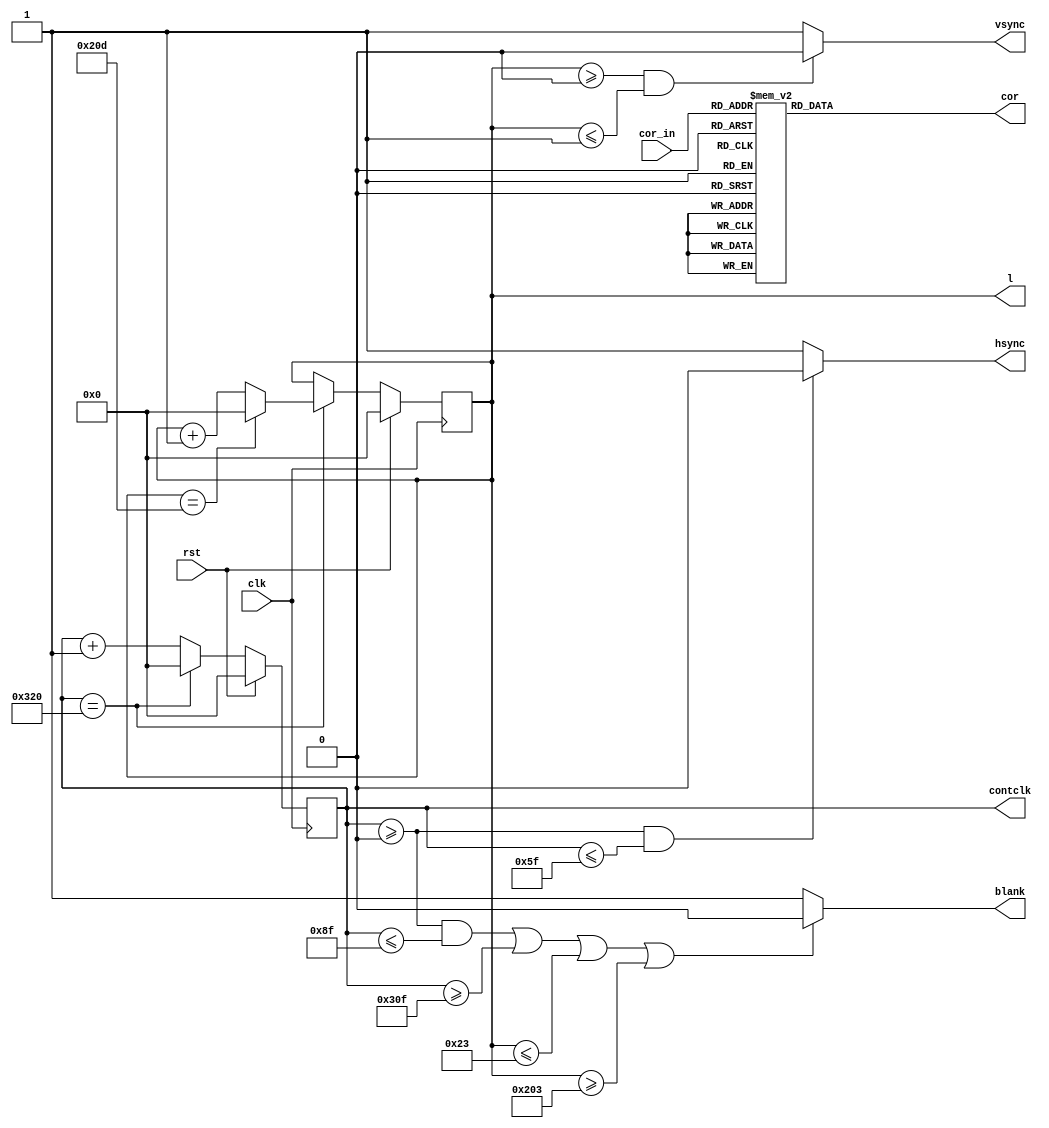
module interfacevga(cor_in,clk, rst, blank, l, contclk, cor, vsync, hsync);

input clk,rst;
input [7:0] cor_in;
output vsync, hsync, blank;
output reg [23:0] cor;	// atribuio com reg por conta da converso de cores
output reg [9:0] l; 			// vai ate 525 em decimal

output reg [9:0] contclk;		// vai at 800 em decimal


/* 
blank alto = 637 pulsos
frontph = 17 pulsos
hsync baixo = 97 pulsos
backph = 49 pulsos

blank alto = 480 linhas
frontpv = 10 linhas
vsync baixo = 2 linhas
backpv = 33 linhas
*/

// pode fazer com assign ou always@(*)

		assign blank = (((contclk >= 0) & (contclk <= 143)) || (contclk >= 783) || (l <= 35) || (l >= 515))?0:1;
			
		assign vsync = ((l >= 0) & (l <= 1))? 0:1; 
			
		assign hsync = ((contclk >= 0) & (contclk <= 95))? 0:1;
		
		
always@(posedge clk)
begin

	if(rst) 
	begin
		contclk <= 0;
		l <= 0; 
	end
	
	else
	begin
		contclk <= contclk + 1;
		if (contclk == 800)
		begin
			contclk <= 0;
			l <= l + 1;
			if (l == 525) 
				l <= 0;
		end
	end
end

always@(cor)
begin
	/* CONVERSO DAS CORES - 8 BITS PARA 24 BITS */		
		case (cor_in)
			8'h00 : cor = 24'h000000;	/* COR:0		R:00 G:00 B:00 */
			8'h01 : cor = 24'h800000;	/* COR:1		R:80 G:00 B:00 */
			8'h02 : cor = 24'h008000;	/* COR:2		R:00 G:80 B:00 */
			8'h03 : cor = 24'h808000;	/* COR:3		R:80 G:80 B:00 */
			8'h04 : cor = 24'h000080;	/* COR:4		R:00 G:00 B:80 */
			8'h05 : cor = 24'h800080;	/* COR:5		R:80 G:00 B:80 */
			8'h06 : cor = 24'h008080;	/* COR:6		R:00 G:80 B:80 */
			8'h07 : cor = 24'hC0C0C0;	/* COR:7		R:C0 G:C0 B:C0 */
			8'h08 : cor = 24'hC0DCC0;	/* COR:8		R:C0 G:DC B:C0 */
			8'h09 : cor = 24'hA6CAF0;	/* COR:9		R:A6 G:CA B:F0 */
			8'h0A : cor = 24'h402000;	/* COR:10	R:40 G:20 B:00 */
			8'h0B : cor = 24'h602000;	/* COR:11	R:60 G:20 B:00 */
			8'h0C : cor = 24'h802000;	/* COR:12	R:80 G:20 B:00 */
			8'h0D : cor = 24'hA02000;	/* COR:13	R:A0 G:20 B:00 */
			8'h0E : cor = 24'hC02000;	/* COR:14	R:C0 G:20 B:00 */
			8'h0F : cor = 24'hE02000;	/* COR:15	R:E0 G:20 B:00 */
			8'h10 : cor = 24'h004000;	/* COR:16	R:00 G:40 B:00 */
			8'h11 : cor = 24'h204000;	/* COR:17	R:20 G:40 B:00 */
			8'h12 : cor = 24'h404000;	/* COR:18	R:40 G:40 B:00 */
			8'h13 : cor = 24'h604000;	/* COR:19	R:60 G:40 B:00 */
			8'h14 : cor = 24'h804000;	/* COR:20	R:80 G:40 B:00 */
			8'h15 : cor = 24'hA04000;	/* COR:21	R:A0 G:40 B:00 */
			8'h16 : cor = 24'hC04000;	/* COR:22	R:C0 G:40 B:00 */
			8'h17 : cor = 24'hE04000;	/* COR:23	R:E0 G:40 B:00 */
			8'h18 : cor = 24'h006000;	/* COR:24	R:00 G:60 B:00 */
			8'h19 : cor = 24'h206000;	/* COR:25	R:20 G:60 B:00 */
			8'h1A : cor = 24'h406000;	/* COR:26	R:40 G:60 B:00 */
			8'h1B : cor = 24'h606000;	/* COR:27	R:60 G:60 B:00 */
			8'h1C : cor = 24'h806000;	/* COR:28	R:80 G:60 B:00 */
			8'h1D : cor = 24'hA06000;	/* COR:29	R:A0 G:60 B:00 */
			8'h1E : cor = 24'hC06000;	/* COR:30	R:C0 G:60 B:00 */
			8'h1F : cor = 24'hE06000;	/* COR:31	R:E0 G:60 B:00 */
			8'h20 : cor = 24'h008000;	/* COR:32	R:00 G:80 B:00 */
			8'h21 : cor = 24'h208000;	/* COR:33	R:20 G:80 B:00 */
			8'h22 : cor = 24'h408000;	/* COR:34	R:40 G:80 B:00 */
			8'h23 : cor = 24'h608000;	/* COR:35	R:60 G:80 B:00 */
			8'h24 : cor = 24'h808000;	/* COR:36	R:80 G:80 B:00 */
			8'h25 : cor = 24'hA08000;	/* COR:37	R:A0 G:80 B:00 */
			8'h26 : cor = 24'hC08000;	/* COR:38	R:C0 G:80 B:00 */
			8'h27 : cor = 24'hE08000;	/* COR:39	R:E0 G:80 B:00 */
			8'h28 : cor = 24'h00A000;	/* COR:40	R:00 G:A0 B:00 */
			8'h29 : cor = 24'h20A000;	/* COR:41	R:20 G:A0 B:00 */
			8'h2A : cor = 24'h40A000;	/* COR:42	R:40 G:A0 B:00 */
			8'h2B : cor = 24'h60A000;	/* COR:43	R:60 G:A0 B:00 */
			8'h2C : cor = 24'h80A000;	/* COR:44	R:80 G:A0 B:00 */
			8'h2D : cor = 24'hA0A000;	/* COR:45	R:A0 G:A0 B:00 */
			8'h2E : cor = 24'hC0A000;	/* COR:46	R:C0 G:A0 B:00 */
			8'h2F : cor = 24'hE0A000;	/* COR:47	R:E0 G:A0 B:00 */
			8'h30 : cor = 24'h00C000;	/* COR:48	R:00 G:C0 B:00 */
			8'h31 : cor = 24'h20C000;	/* COR:49	R:20 G:C0 B:00 */
			8'h32 : cor = 24'h40C000;	/* COR:50	R:40 G:C0 B:00 */
			8'h33 : cor = 24'h60C000;	/* COR:51	R:60 G:C0 B:00 */
			8'h34 : cor = 24'h80C000;	/* COR:52	R:80 G:C0 B:00 */
			8'h35 : cor = 24'hA0C000;	/* COR:53	R:A0 G:C0 B:00 */
			8'h36 : cor = 24'hC0C000;	/* COR:54	R:C0 G:C0 B:00 */
			8'h37 : cor = 24'hE0C000;	/* COR:55	R:E0 G:C0 B:00 */
			8'h38 : cor = 24'h00E000;	/* COR:56	R:00 G:E0 B:00 */
			8'h39 : cor = 24'h20E000;	/* COR:57	R:20 G:E0 B:00 */
			8'h3A : cor = 24'h40E000;	/* COR:58	R:40 G:E0 B:00 */
			8'h3B : cor = 24'h60E000;	/* COR:59	R:60 G:E0 B:00 */
			8'h3C : cor = 24'h80E000;	/* COR:60	R:80 G:E0 B:00 */
			8'h3D : cor = 24'hA0E000;	/* COR:61	R:A0 G:E0 B:00 */
			8'h3E : cor = 24'hC0E000;	/* COR:62	R:C0 G:E0 B:00 */
			8'h3F : cor = 24'hE0E000;	/* COR:63	R:E0 G:E0 B:00 */
			8'h40 : cor = 24'h000040;	/* COR:64	R:00 G:00 B:40 */
			8'h41 : cor = 24'h200040;	/* COR:65	R:20 G:00 B:40 */
			8'h42 : cor = 24'h400040;	/* COR:66	R:40 G:00 B:40 */
			8'h43 : cor = 24'h600040;	/* COR:67	R:60 G:00 B:40 */
			8'h44 : cor = 24'h800040;	/* COR:68	R:80 G:00 B:40 */
			8'h45 : cor = 24'hA00040;	/* COR:69	R:A0 G:00 B:40 */
			8'h46 : cor = 24'hC00040;	/* COR:70	R:C0 G:00 B:40 */
			8'h47 : cor = 24'hE00040;	/* COR:71	R:E0 G:00 B:40 */
			8'h48 : cor = 24'h002040;	/* COR:72	R:00 G:20 B:40 */
			8'h49 : cor = 24'h202040;	/* COR:73	R:20 G:20 B:40 */
			8'h4A : cor = 24'h402040;	/* COR:74	R:40 G:20 B:40 */
			8'h4B : cor = 24'h602040;	/* COR:75	R:60 G:20 B:40 */
			8'h4C : cor = 24'h802040;	/* COR:76	R:80 G:20 B:40 */
			8'h4D : cor = 24'hA02040;	/* COR:77	R:A0 G:20 B:40 */
			8'h4E : cor = 24'hC02040;	/* COR:78	R:C0 G:20 B:40 */
			8'h4F : cor = 24'hE02040;	/* COR:79	R:E0 G:20 B:40 */
			8'h50 : cor = 24'h004040;	/* COR:80	R:00 G:40 B:40 */
			8'h51 : cor = 24'h204040;	/* COR:81	R:20 G:40 B:40 */
			8'h52 : cor = 24'h404040;	/* COR:82	R:40 G:40 B:40 */
			8'h53 : cor = 24'h604040;	/* COR:83	R:60 G:40 B:40 */
			8'h54 : cor = 24'h804040;	/* COR:84	R:80 G:40 B:40 */
			8'h55 : cor = 24'hA04040;	/* COR:85	R:A0 G:40 B:40 */
			8'h56 : cor = 24'hC04040;	/* COR:86	R:C0 G:40 B:40 */
			8'h57 : cor = 24'hE04040;	/* COR:87	R:E0 G:40 B:40 */
			8'h58 : cor = 24'h006040;	/* COR:88	R:00 G:60 B:40 */
			8'h59 : cor = 24'h206040;	/* COR:89	R:20 G:60 B:40 */
			8'h5A : cor = 24'h406040;	/* COR:90	R:40 G:60 B:40 */
			8'h5B : cor = 24'h606040;	/* COR:91	R:60 G:60 B:40 */
			8'h5C : cor = 24'h806040;	/* COR:92	R:80 G:60 B:40 */
			8'h5D : cor = 24'hA06040;	/* COR:93	R:A0 G:60 B:40 */
			8'h5E : cor = 24'hC06040;	/* COR:94	R:C0 G:60 B:40 */
			8'h5F : cor = 24'hE06040;	/* COR:95	R:E0 G:60 B:40 */
			8'h60 : cor = 24'h008040;	/* COR:96	R:00 G:80 B:40 */
			8'h61 : cor = 24'h208040;	/* COR:97	R:20 G:80 B:40 */
			8'h62 : cor = 24'h408040;	/* COR:98	R:40 G:80 B:40 */
			8'h63 : cor = 24'h608040;	/* COR:99	R:60 G:80 B:40 */
			8'h64 : cor = 24'h808040;	/* COR:100	R:80 G:80 B:40 */
			8'h65 : cor = 24'hA08040;	/* COR:101	R:A0 G:80 B:40 */
			8'h66 : cor = 24'hC08040;	/* COR:102	R:C0 G:80 B:40 */
			8'h67 : cor = 24'hE08040;	/* COR:103	R:E0 G:80 B:40 */
			8'h68 : cor = 24'h00A040;	/* COR:104	R:00 G:A0 B:40 */
			8'h69 : cor = 24'h20A040;	/* COR:105	R:20 G:A0 B:40 */
			8'h6A : cor = 24'h40A040;	/* COR:106	R:40 G:A0 B:40 */
			8'h6B : cor = 24'h60A040;	/* COR:107	R:60 G:A0 B:40 */
			8'h6C : cor = 24'h80A040;	/* COR:108	R:80 G:A0 B:40 */
			8'h6D : cor = 24'hA0A040;	/* COR:109	R:A0 G:A0 B:40 */
			8'h6E : cor = 24'hC0A040;	/* COR:110	R:C0 G:A0 B:40 */
			8'h6F : cor = 24'hE0A040;	/* COR:111	R:E0 G:A0 B:40 */
			8'h70 : cor = 24'h00C040;	/* COR:112	R:00 G:C0 B:40 */
			8'h71 : cor = 24'h20C040;	/* COR:113	R:20 G:C0 B:40 */
			8'h72 : cor = 24'h40C040;	/* COR:114	R:40 G:C0 B:40 */
			8'h73 : cor = 24'h60C040;	/* COR:115	R:60 G:C0 B:40 */
			8'h74 : cor = 24'h80C040;	/* COR:116	R:80 G:C0 B:40 */
			8'h75 : cor = 24'hA0C040;	/* COR:117	R:A0 G:C0 B:40 */
			8'h76 : cor = 24'hC0C040;	/* COR:118	R:C0 G:C0 B:40 */
			8'h77 : cor = 24'hE0C040;	/* COR:119	R:E0 G:C0 B:40 */
			8'h78 : cor = 24'h00E040;	/* COR:120	R:00 G:E0 B:40 */
			8'h79 : cor = 24'h20E040;	/* COR:121	R:20 G:E0 B:40 */
			8'h7A : cor = 24'h40E040;	/* COR:122	R:40 G:E0 B:40 */
			8'h7B : cor = 24'h60E040;	/* COR:123	R:60 G:E0 B:40 */
			8'h7C : cor = 24'h80E040;	/* COR:124	R:80 G:E0 B:40 */
			8'h7D : cor = 24'hA0E040;	/* COR:125	R:A0 G:E0 B:40 */
			8'h7E : cor = 24'hC0E040;	/* COR:126	R:C0 G:E0 B:40 */
			8'h7F : cor = 24'hE0E040;	/* COR:127	R:E0 G:E0 B:40 */
			8'h80 : cor = 24'h000080;	/* COR:128	R:00 G:00 B:80 */
			8'h81 : cor = 24'h200080;	/* COR:129	R:20 G:00 B:80 */
			8'h82 : cor = 24'h400080;	/* COR:130	R:40 G:00 B:80 */
			8'h83 : cor = 24'h600080;	/* COR:131	R:60 G:00 B:80 */
			8'h84 : cor = 24'h800080;	/* COR:132	R:80 G:00 B:80 */
			8'h85 : cor = 24'hA00080;	/* COR:133	R:A0 G:00 B:80 */
			8'h86 : cor = 24'hC00080;	/* COR:134	R:C0 G:00 B:80 */
			8'h87 : cor = 24'hE00080;	/* COR:135	R:E0 G:00 B:80 */
			8'h88 : cor = 24'h002080;	/* COR:136	R:00 G:20 B:80 */
			8'h89 : cor = 24'h202080;	/* COR:137	R:20 G:20 B:80 */
			8'h8A : cor = 24'h402080;	/* COR:138	R:40 G:20 B:80 */
			8'h8B : cor = 24'h602080;	/* COR:139	R:60 G:20 B:80 */
			8'h8C : cor = 24'h802080;	/* COR:140	R:80 G:20 B:80 */
			8'h8D : cor = 24'hA02080;	/* COR:141	R:A0 G:20 B:80 */
			8'h8E : cor = 24'hC02080;	/* COR:142	R:C0 G:20 B:80 */
			8'h8F : cor = 24'hE02080;	/* COR:143	R:E0 G:20 B:80 */
			8'h90 : cor = 24'h004080;	/* COR:144	R:00 G:40 B:80 */
			8'h91 : cor = 24'h204080;	/* COR:145	R:20 G:40 B:80 */
			8'h92 : cor = 24'h404080;	/* COR:146	R:40 G:40 B:80 */
			8'h93 : cor = 24'h604080;	/* COR:147	R:60 G:40 B:80 */
			8'h94 : cor = 24'h804080;	/* COR:148	R:80 G:40 B:80 */
			8'h95 : cor = 24'hA04080;	/* COR:149	R:A0 G:40 B:80 */
			8'h96 : cor = 24'hC04080;	/* COR:150	R:C0 G:40 B:80 */
			8'h97 : cor = 24'hE04080;	/* COR:151	R:E0 G:40 B:80 */
			8'h98 : cor = 24'h006080;	/* COR:152	R:00 G:60 B:80 */
			8'h99 : cor = 24'h206080;	/* COR:153	R:20 G:60 B:80 */
			8'h9A : cor = 24'h406080;	/* COR:154	R:40 G:60 B:80 */
			8'h9B : cor = 24'h606080;	/* COR:155	R:60 G:60 B:80 */
			8'h9C : cor = 24'h806080;	/* COR:156	R:80 G:60 B:80 */
			8'h9D : cor = 24'hA06080;	/* COR:157	R:A0 G:60 B:80 */
			8'h9E : cor = 24'hC06080;	/* COR:158	R:C0 G:60 B:80 */
			8'h9F : cor = 24'hE06080;	/* COR:159	R:E0 G:60 B:80 */
			8'hA0 : cor = 24'h008080;	/* COR:160	R:00 G:80 B:80 */
			8'hA1 : cor = 24'h208080;	/* COR:161	R:20 G:80 B:80 */
			8'hA2 : cor = 24'h408080;	/* COR:162	R:40 G:80 B:80 */
			8'hA3 : cor = 24'h608080;	/* COR:163	R:60 G:80 B:80 */
			8'hA4 : cor = 24'h808080;	/* COR:164	R:80 G:80 B:80 */
			8'hA5 : cor = 24'hA08080;	/* COR:165	R:A0 G:80 B:80 */
			8'hA6 : cor = 24'hC08080;	/* COR:166	R:C0 G:80 B:80 */
			8'hA7 : cor = 24'hE08080;	/* COR:167	R:E0 G:80 B:80 */
			8'hA8 : cor = 24'h00A080;	/* COR:168	R:00 G:A0 B:80 */
			8'hA9 : cor = 24'h20A080;	/* COR:169	R:20 G:A0 B:80 */
			8'hAA : cor = 24'h40A080;	/* COR:170	R:40 G:A0 B:80 */
			8'hAB : cor = 24'h60A080;	/* COR:171	R:60 G:A0 B:80 */
			8'hAC : cor = 24'h80A080;	/* COR:172	R:80 G:A0 B:80 */
			8'hAD : cor = 24'hA0A080;	/* COR:173	R:A0 G:A0 B:80 */
			8'hAE : cor = 24'hC0A080;	/* COR:174	R:C0 G:A0 B:80 */
			8'hAF : cor = 24'hE0A080;	/* COR:175	R:E0 G:A0 B:80 */
			8'hB0 : cor = 24'h00C080;	/* COR:176	R:00 G:C0 B:80 */
			8'hB1 : cor = 24'h20C080;	/* COR:177	R:20 G:C0 B:80 */
			8'hB2 : cor = 24'h40C080;	/* COR:178	R:40 G:C0 B:80 */
			8'hB3 : cor = 24'h60C080;	/* COR:179	R:60 G:C0 B:80 */
			8'hB4 : cor = 24'h80C080;	/* COR:180	R:80 G:C0 B:80 */
			8'hB5 : cor = 24'hA0C080;	/* COR:181	R:A0 G:C0 B:80 */
			8'hB6 : cor = 24'hC0C080;	/* COR:182	R:C0 G:C0 B:80 */
			8'hB7 : cor = 24'hE0C080;	/* COR:183	R:E0 G:C0 B:80 */
			8'hB8 : cor = 24'h00E080;	/* COR:184	R:00 G:E0 B:80 */
			8'hB9 : cor = 24'h20E080;	/* COR:185	R:20 G:E0 B:80 */
			8'hBA : cor = 24'h40E080;	/* COR:186	R:40 G:E0 B:80 */
			8'hBB : cor = 24'h60E080;	/* COR:187	R:60 G:E0 B:80 */
			8'hBC : cor = 24'h80E080;	/* COR:188	R:80 G:E0 B:80 */
			8'hBD : cor = 24'hA0E080;	/* COR:189	R:A0 G:E0 B:80 */
			8'hBE : cor = 24'hC0E080;	/* COR:190	R:C0 G:E0 B:80 */
			8'hBF : cor = 24'hE0E080;	/* COR:191	R:E0 G:E0 B:80 */
			8'hC0 : cor = 24'h0000C0;	/* COR:192	R:00 G:00 B:C0 */
			8'hC1 : cor = 24'h2000C0;	/* COR:193	R:20 G:00 B:C0 */
			8'hC2 : cor = 24'h4000C0;	/* COR:194	R:40 G:00 B:C0 */
			8'hC3 : cor = 24'h6000C0;	/* COR:195	R:60 G:00 B:C0 */
			8'hC4 : cor = 24'h8000C0;	/* COR:196	R:80 G:00 B:C0 */
			8'hC5 : cor = 24'hA000C0;	/* COR:197	R:A0 G:00 B:C0 */
			8'hC6 : cor = 24'hC000C0;	/* COR:198	R:C0 G:00 B:C0 */
			8'hC7 : cor = 24'hE000C0;	/* COR:199	R:E0 G:00 B:C0 */
			8'hC8 : cor = 24'h0020C0;	/* COR:200	R:00 G:20 B:C0 */
			8'hC9 : cor = 24'h2020C0;	/* COR:201	R:20 G:20 B:C0 */
			8'hCA : cor = 24'h4020C0;	/* COR:202	R:40 G:20 B:C0 */
			8'hCB : cor = 24'h6020C0;	/* COR:203	R:60 G:20 B:C0 */
			8'hCC : cor = 24'h8020C0;	/* COR:204	R:80 G:20 B:C0 */
			8'hCD : cor = 24'hA020C0;	/* COR:205	R:A0 G:20 B:C0 */
			8'hCE : cor = 24'hC020C0;	/* COR:206	R:C0 G:20 B:C0 */
			8'hCF : cor = 24'hE020C0;	/* COR:207	R:E0 G:20 B:C0 */
			8'hD0 : cor = 24'h0040C0;	/* COR:208	R:00 G:40 B:C0 */
			8'hD1 : cor = 24'h2040C0;	/* COR:209	R:20 G:40 B:C0 */
			8'hD2 : cor = 24'h4040C0;	/* COR:210	R:40 G:40 B:C0 */
			8'hD3 : cor = 24'h6040C0;	/* COR:211	R:60 G:40 B:C0 */
			8'hD4 : cor = 24'h8040C0;	/* COR:212	R:80 G:40 B:C0 */
			8'hD5 : cor = 24'hA040C0;	/* COR:213	R:A0 G:40 B:C0 */
			8'hD6 : cor = 24'hC040C0;	/* COR:214	R:C0 G:40 B:C0 */
			8'hD7 : cor = 24'hE040C0;	/* COR:215	R:E0 G:40 B:C0 */
			8'hD8 : cor = 24'h0060C0;	/* COR:216	R:00 G:60 B:C0 */
			8'hD9 : cor = 24'h2060C0;	/* COR:217	R:20 G:60 B:C0 */
			8'hDA : cor = 24'h4060C0;	/* COR:218	R:40 G:60 B:C0 */
			8'hDB : cor = 24'h6060C0;	/* COR:219	R:60 G:60 B:C0 */
			8'hDC : cor = 24'h8060C0;	/* COR:220	R:80 G:60 B:C0 */
			8'hDD : cor = 24'hA060C0;	/* COR:221	R:A0 G:60 B:C0 */
			8'hDE : cor = 24'hC060C0;	/* COR:222	R:C0 G:60 B:C0 */
			8'hDF : cor = 24'hE060C0;	/* COR:223	R:E0 G:60 B:C0 */
			8'hE0 : cor = 24'h0080C0;	/* COR:224	R:00 G:80 B:C0 */
			8'hE1 : cor = 24'h2080C0;	/* COR:225	R:20 G:80 B:C0 */
			8'hE2 : cor = 24'h4080C0;	/* COR:226	R:40 G:80 B:C0 */
			8'hE3 : cor = 24'h6080C0;	/* COR:227	R:60 G:80 B:C0 */
			8'hE4 : cor = 24'h8080C0;	/* COR:228	R:80 G:80 B:C0 */
			8'hE5 : cor = 24'hA080C0;	/* COR:229	R:A0 G:80 B:C0 */
			8'hE6 : cor = 24'hC080C0;	/* COR:230	R:C0 G:80 B:C0 */
			8'hE7 : cor = 24'hE080C0;	/* COR:231	R:E0 G:80 B:C0 */
			8'hE8 : cor = 24'h00A0C0;	/* COR:232	R:00 G:A0 B:C0 */
			8'hE9 : cor = 24'h20A0C0;	/* COR:233	R:20 G:A0 B:C0 */
			8'hEA : cor = 24'h40A0C0;	/* COR:234	R:40 G:A0 B:C0 */
			8'hEB : cor = 24'h60A0C0;	/* COR:235	R:60 G:A0 B:C0 */
			8'hEC : cor = 24'h80A0C0;	/* COR:236	R:80 G:A0 B:C0 */
			8'hED : cor = 24'hA0A0C0;	/* COR:237	R:A0 G:A0 B:C0 */
			8'hEE : cor = 24'hC0A0C0;	/* COR:238	R:C0 G:A0 B:C0 */
			8'hEF : cor = 24'hE0A0C0;	/* COR:239	R:E0 G:A0 B:C0 */
			8'hF0 : cor = 24'h00C0C0;	/* COR:240	R:00 G:C0 B:C0 */
			8'hF1 : cor = 24'h20C0C0;	/* COR:241	R:20 G:C0 B:C0 */
			8'hF2 : cor = 24'h40C0C0;	/* COR:242	R:40 G:C0 B:C0 */
			8'hF3 : cor = 24'h60C0C0;	/* COR:243	R:60 G:C0 B:C0 */
			8'hF4 : cor = 24'h80C0C0;	/* COR:244	R:80 G:C0 B:C0 */
			8'hF5 : cor = 24'hA0C0C0;	/* COR:245	R:A0 G:C0 B:C0 */
			8'hF6 : cor = 24'hFFFBF0;	/* COR:246	R:FF G:FB B:F0 */
			8'hF7 : cor = 24'hA0A0A4;	/* COR:247	R:A0 G:A0 B:A4 */
			8'hF8 : cor = 24'h808080;	/* COR:248	R:80 G:80 B:80 */
			8'hF9 : cor = 24'hFF0000;	/* COR:249	R:FF G:00 B:00 */
			8'hFA : cor = 24'h00FF00;	/* COR:250	R:00 G:FF B:00 */
			8'hFB : cor = 24'hFFFF00;	/* COR:251	R:FF G:FF B:00 */
			8'hFC : cor = 24'h0000FF;	/* COR:252	R:00 G:00 B:FF */
			8'hFD : cor = 24'hFF00FF;	/* COR:253	R:FF G:00 B:FF */
			8'hFE : cor = 24'h00FFFF;	/* COR:254	R:00 G:FF B:FF */
			8'hFF : cor = 24'hFFFFFF;	/* COR:255	R:FF G:FF B:FF */
		endcase 
		/* FIM DA CONVERSO DE CORES */	
end

endmodule